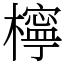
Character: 檸